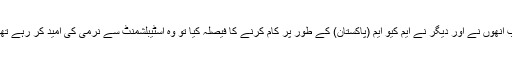
جب انھوں نے اور دیگر نے ایم کیو ایم (پاکستان) کے طور پر کام کرنے کا فیصلہ کیا تو وہ اسٹیبلشمنٹ سے نرمی کی امید کر رہے تھے۔